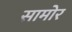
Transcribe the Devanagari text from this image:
सामोर